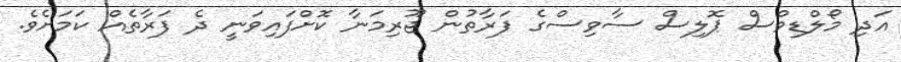
އަދި މޯލްޑިވްސް ޕޮލިސް ސާވިސްގެ ފަރާތުން ޖޫރިމަނާ ކޮށްފައިވަނީ ދެ ފަރާތެއް ކަމަށެވެ.